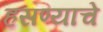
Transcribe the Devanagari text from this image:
हसण्याचे